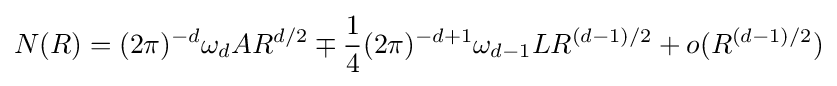
N(R)=(2\pi )^{-d}\omega _{d}AR^{d/2}\mp {\frac {1}{4}}(2\pi )^{-d+1}\omega _{d-1}LR^{(d-1)/2}+o(R^{(d-1)/2})